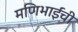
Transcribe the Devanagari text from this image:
मणिभाईंची